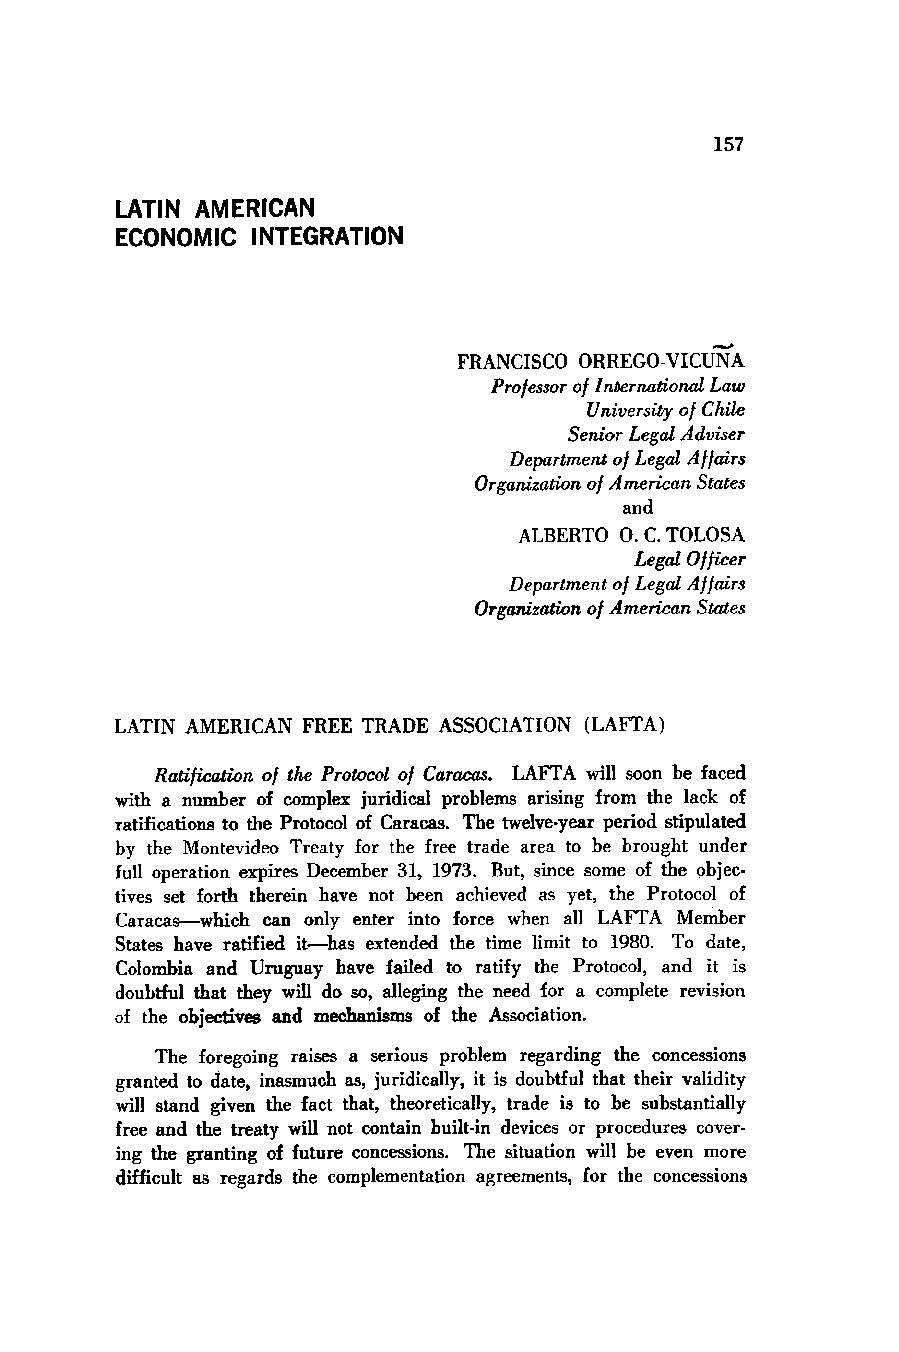
LATIN AMERICAN
 ECONOMIC INTEGRATION
 FRANCISCO ORREGO-VICUNA
 Professoro f InternationalL aw
 University of Chile
 Senior Legal Adviser
 Department of Legal A flairs
 Organizationo f American States
 and
 ALBERTO 0. C. TOLOSA
 Legal Officer
 Department of Legal Affairs
 Organizationo f American States
 LATIN AMERICAN FREE TRADE ASSOCIATION (LAFTA)
 Ratification of the Protocol of Caracas. LAFTA will soon be faced
 with a number of complex juridical problems arising from the lack of
 ratifications to the Protocol of Caracas. The twelve-year period stipulated
 by the Montevideo Treaty for the free trade area to be brought under
 full operation expires December 31, 1973. But, since some of the objec-
 tives set forth therein have not been achieved as yet, the Protocol of
 Caracas--which can only enter into force when all LAFTA Member
 States have ratified it-has extended the time limit to 1980. To date,
 Colombia and Uruguay have failed to ratify the Protocol, and it is
 doubtful that they will do so, alleging the need for a complete revision
 of the objectives and mechanisms of the Association.
 The foregoing raises a serious problem regarding the concessions
 granted to date, inasmuch as, juridically, it is doubtful that their validity
 will stand given the fact that, theoretically, trade is to be substantially
 free and the treaty will not contain built-in devices or procedures cover-
 ing the granting of future concessions. The situation will be even more
 difficult as regards the complementation agreements, for the concessions